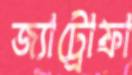
জ্যাট্রোফা